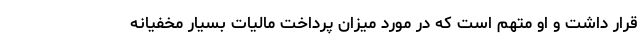
قرار داشت و او متهم است که در مورد میزان پرداخت مالیات بسیار مخفیانه